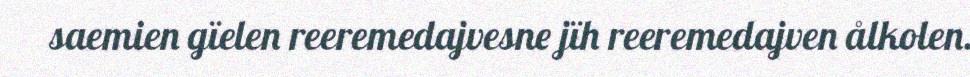
saemien gïelen reeremedajvesne jïh reeremedajven ålkolen.